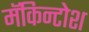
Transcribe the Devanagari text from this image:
मॅकिन्टोश